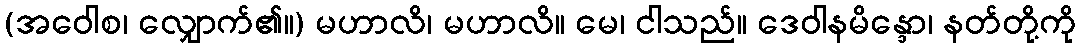
(အဝေါစ၊ လျှောက်၏။) မဟာလိ၊ မဟာလိ။ မေ၊ ငါသည်။ ဒေဝါနမိန္ဒော၊ နတ်တို့ကို